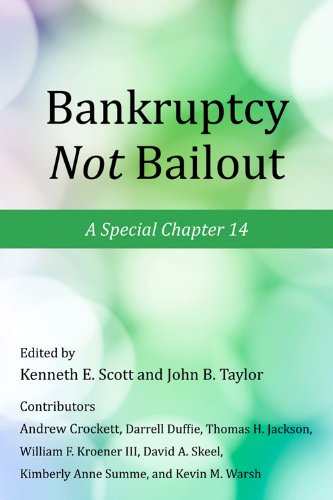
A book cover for Bankruptcy Not Bailout: A Special Chapter 14 (Working Group on Economic Policy); Business & Money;